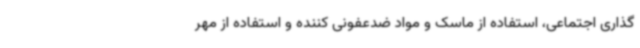
گذاری اجتماعی، استفاده از ماسک و مواد ضدعفونی کننده و استفاده از مهر